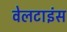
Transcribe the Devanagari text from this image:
वेलटाइंस